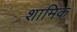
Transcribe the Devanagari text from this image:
शामिक